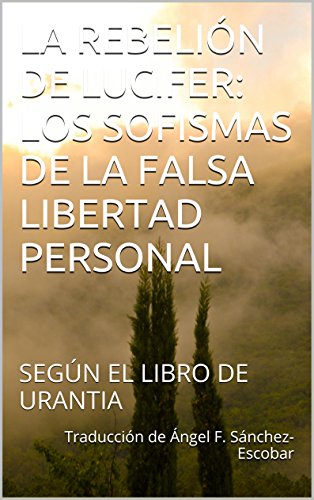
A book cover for LA REBELIÃEN DE LUCIFER: LOS SOFISMAS DE LA FALSA LIBERTAD PERSONAL: SEGÃEN EL LIBRO DE URANTIA (Temas de El libro de Urantia nÂº 2) (Spanish Edition); TraducciÃ³n de ÃEngel F. SÃ¡nchez-Escobar; Religion & Spirituality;